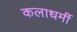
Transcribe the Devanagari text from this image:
कलाधर्मी